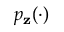
p _ { \mathbf { z } } ( \cdot )